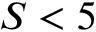
S < 5